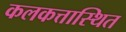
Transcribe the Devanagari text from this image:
कलकत्तास्थित